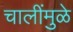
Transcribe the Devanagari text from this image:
चालींमुळे